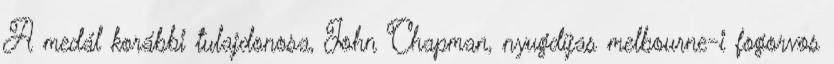
A medál korábbi tulajdonosa, John Chapman, nyugdíjas melbourne-i fogorvos